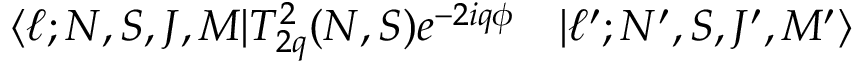
\begin{array} { r l } { \langle \ell ; N , S , J , M | T _ { 2 q } ^ { 2 } ( N , S ) e ^ { - 2 i q \phi } } & { { } | \ell ^ { \prime } ; N ^ { \prime } , S , J ^ { \prime } , M ^ { \prime } \rangle } \end{array}